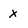
Character: x